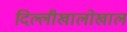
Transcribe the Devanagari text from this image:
दिल्लीखालोखाल